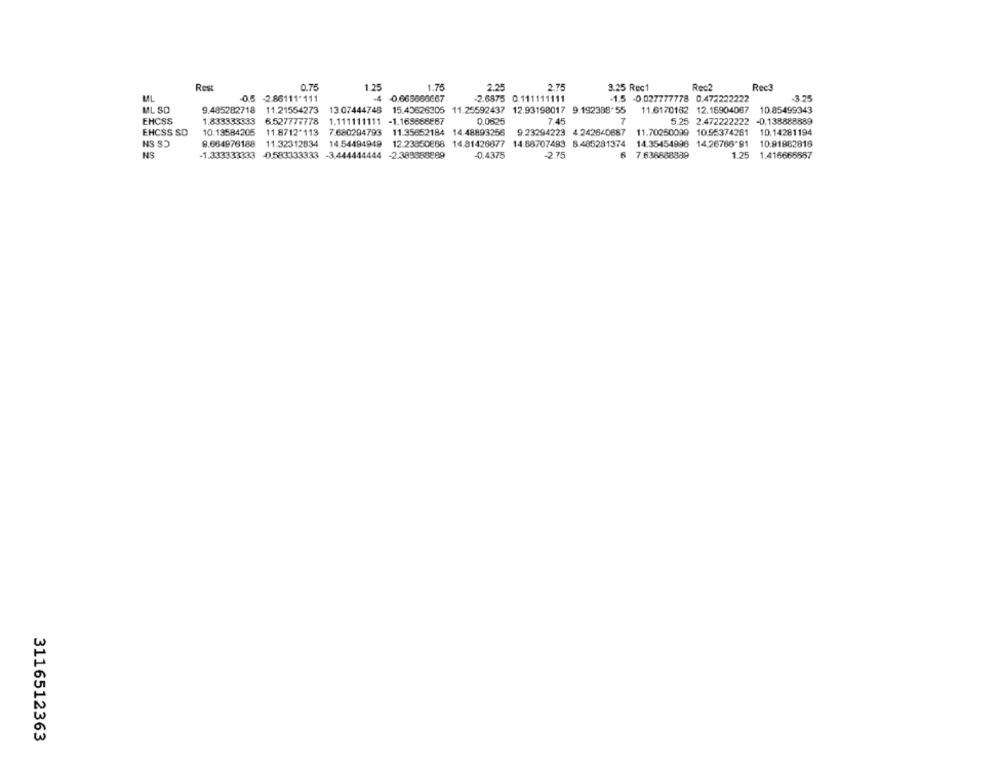
Rest
0.75
1.25
1.75
2.25
2.75
3.25 Rec1
Rec2
Rec3
ML
-0.5 -2.86111'111
4
-0.665666667
2.6875 0.111111111
-1.5 -0.027777778 0.472222222
ML SD
9.485282718 11.21554273 13.07444748 15.45626205 11.25592437 12.93198017 9.192388-55
11.6170182 12.18904087
10.85499343
EHCSS
1.833333333
6.52777#778
1.111111111 -1.165868887
0.0625
7.45
7
5.25 2.472222222 -0.138888889
EHCSS SD
10.13584205 11.8712*113
7.680294793 11.35652184 14.48893256
9.23294223 4 242640687
11.70250099 10.55374261
10.14281194
NS $5
9.664976188 11.32312834
14.54494949
12.23850888 14.81426677 14.88707493 8.485281374 14.35-454998 14.26766'91
10.91982816
NS
-1.333333333 0.583333333
-3.444444444
-2.389888889
-0.4375
-2.75
6 7.638888889
1.25
1.416668557
3116512363